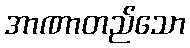
အာဏာတည်သော